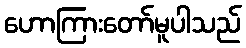
ဟောကြားတော်မူပါသည်